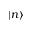
| n \rangle